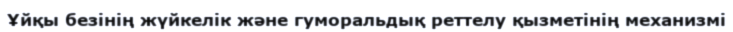
Ұйқы безінің жүйкелік және гуморальдық реттелу қызметінің механизмі